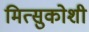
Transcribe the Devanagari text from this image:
मित्सुकोशी